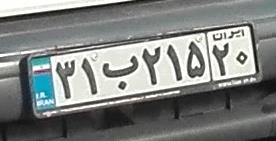
۳۱ب۲۱۵۲۰